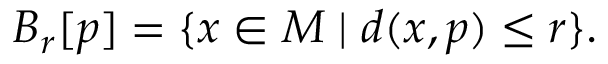
B _ { r } [ p ] = \{ x \in M \mid d ( x , p ) \leq r \} .